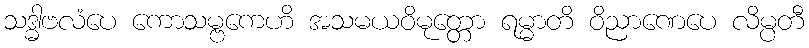
သဒ္ဓါဗလံပေ ကောသမ္ဗကေဟိ အသမယဝိမုတ္တော ရမ္မာတိ ဝိညာဏေပေ လိမ္ပတီ